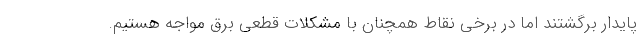
پایدار برگشتند اما در برخی نقاط همچنان با مشکلات قطعی برق مواجه هستیم.